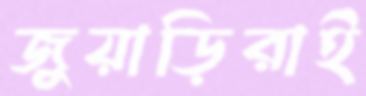
জুয়াড়িরাই